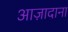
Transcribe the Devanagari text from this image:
आज़ादाना